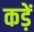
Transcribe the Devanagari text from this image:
कड़ें